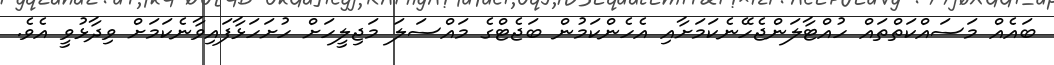
ބައެއް މަސައްކަތްތައް ހުއްޓާލަންޖެހޭނެކަމަށާއި އެހެންކަމުން ބަޖެޓްގެ މައްސަލަ މަޖިލީހަށް ހުށަހަޅާފައިވާނެކަމަށް ވިދާޅުވީ އެވެ.